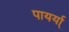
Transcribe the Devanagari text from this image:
पायर्या्